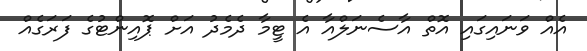
އެއް ވަނައިގައި އޮތް އާސެނަލްއާ އެ ޓީމާ ދެމެދު އަށް ޕޮއިންޓުގެ ފަރަގެއް